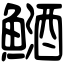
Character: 鿐